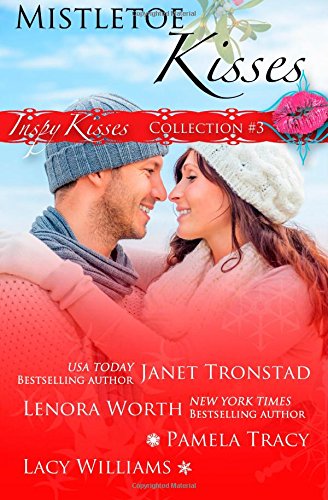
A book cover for Mistletoe Kisses: Part 1 (Inspy Kisses) (Volume 3); Janet Tronstad; Christian Books & Bibles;